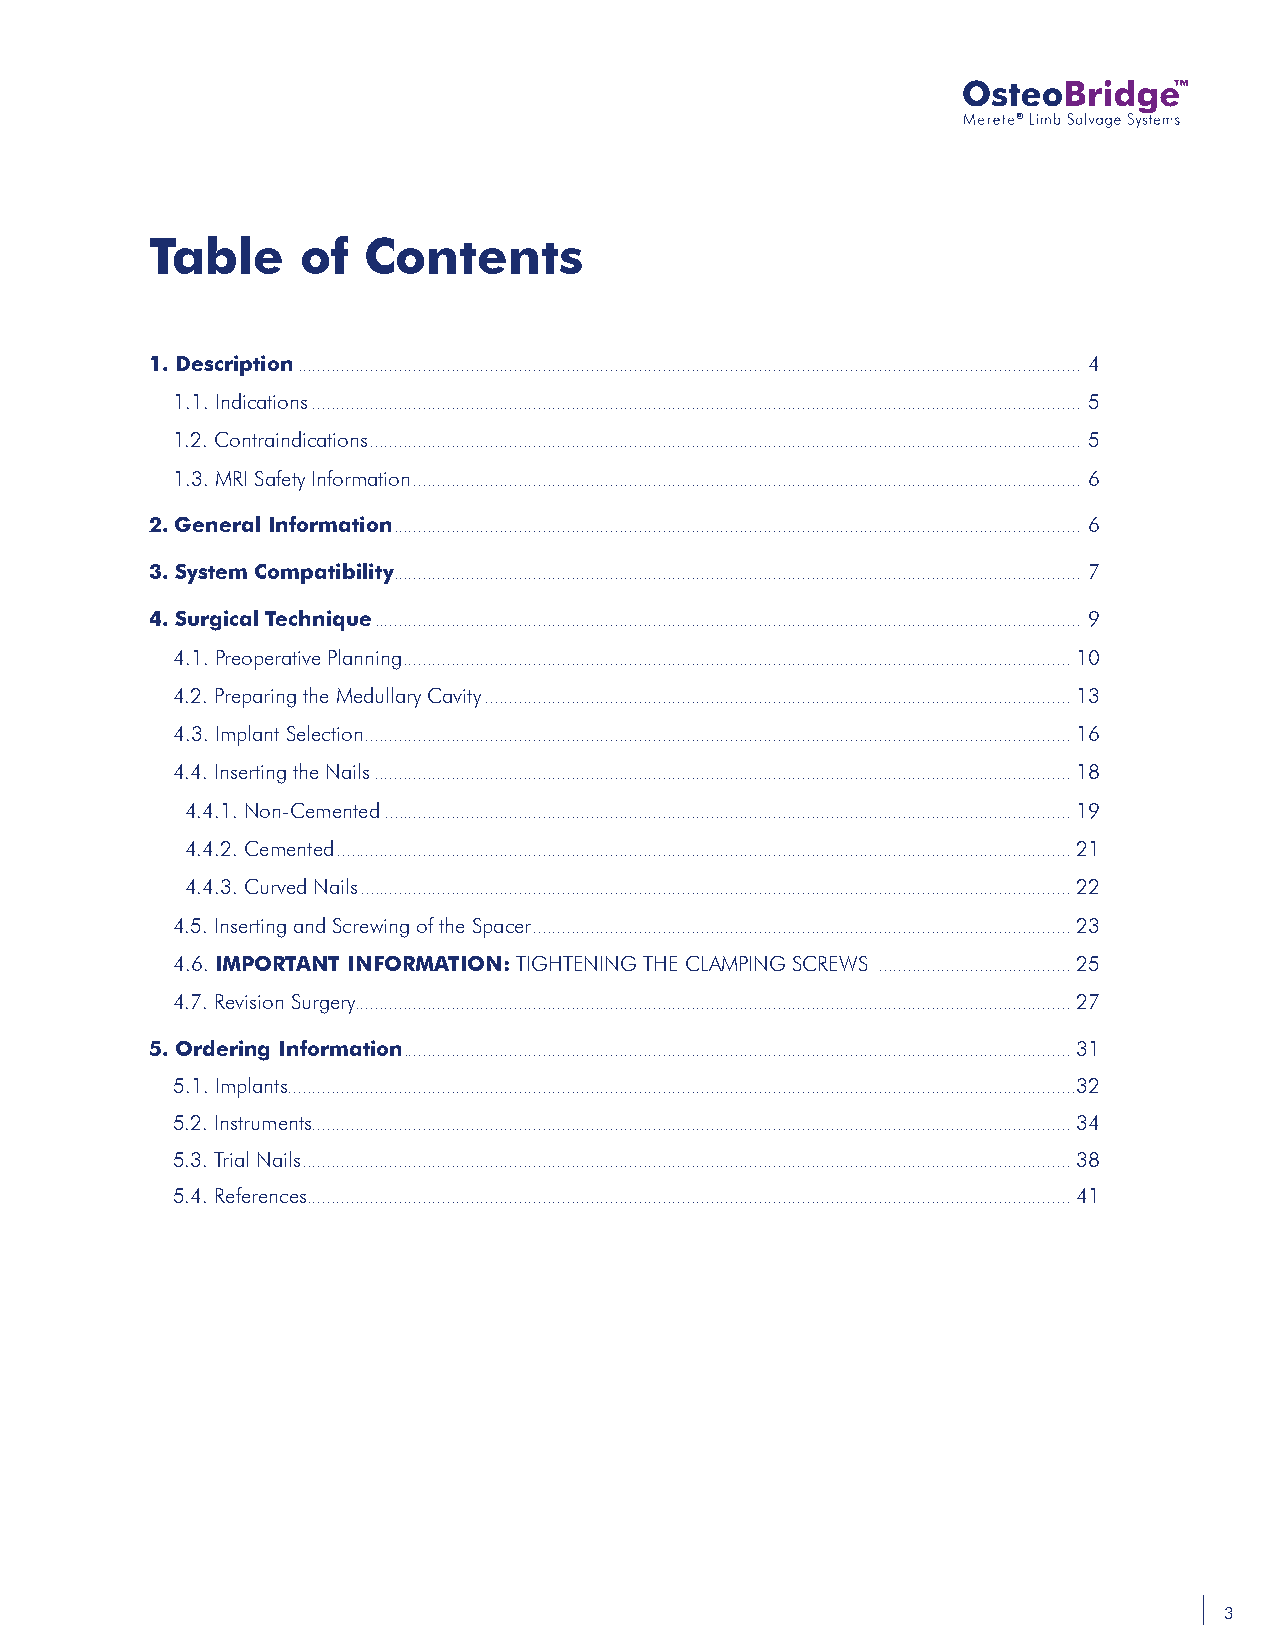
®
 Table     of  Contents
 1. Description ................................................................................................................................................................... 4
 1.1. Indications ................................................................................................................................................................ 5
 1.2. Contraindications .................................................................................................................................................... 5
 1.3. MRI Safety Information ........................................................................................................................................... 6
 2. General Information ............................................................................................................................................... 6
 3. System Compatibility ............................................................................................................................................... 7
 4. Surgical Technique ................................................................................................................................................... 9
 4.1. Preoperative Planning ........................................................................................................................................... 10
 4.2. Preparing the Medullary Cavity .......................................................................................................................... 13
 4.3. Implant Selection ................................................................................................................................................... 16
 4.4. Inserting the Nails ................................................................................................................................................. 18
 4.4.1. Non-Cemented ............................................................................................................................................... 19
 4.4.2. Cemented ......................................................................................................................................................... 21
 4.4.3. Curved Nails .................................................................................................................................................... 22
 4.5. Inserting and Screwing of the Spacer ................................................................................................................ 23
 4.6. IMPORTANT INFORMATION: TIGHTENING THE CLAMPING SCREWS ........................................ 25
 4.7. Revision Surgery ..................................................................................................................................................... 27
 5. Ordering Information ........................................................................................................................................... 31
 5.1. Implants ....................................................................................................................................................................32
 5.2. Instruments .............................................................................................................................................................. 34
 5.3. Trial Nails ................................................................................................................................................................ 38
 5.4. References ............................................................................................................................................................... 41
 3